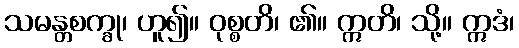
သမန္တစက္ခု၊ ဟူ၍။ ဝုစ္စတိ၊ ၏။ ဣတိ၊ သို့။ ဣဒံ၊